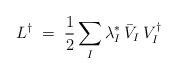
LaTeX: \begin{align*}L^\dagger \;=\; \frac{1}{2} \sum_I \lambda_I^* \, \bar{V}_I \, V_I^\dagger\end{align*}